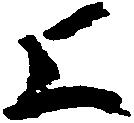
よ